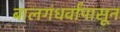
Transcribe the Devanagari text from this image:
बालगंधर्वांपासून